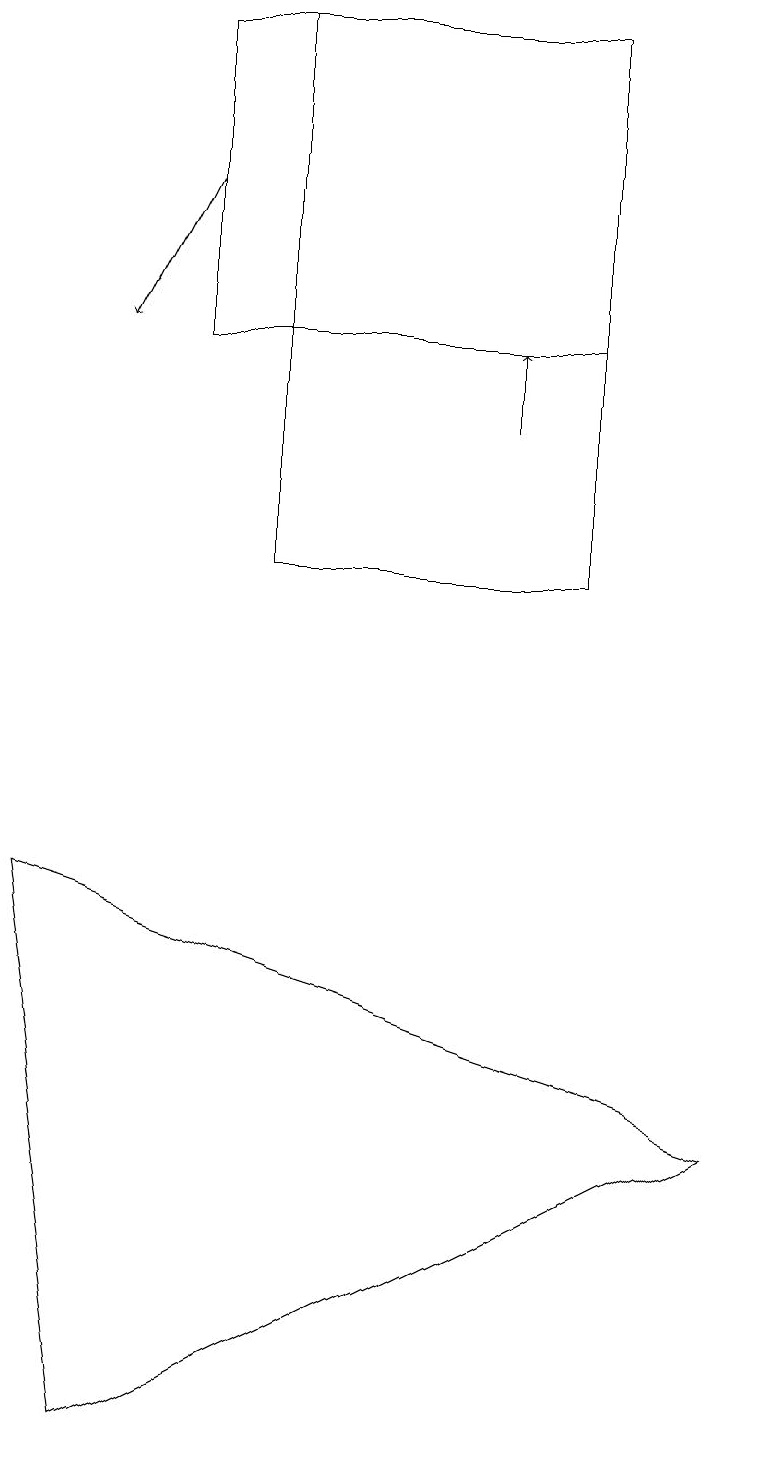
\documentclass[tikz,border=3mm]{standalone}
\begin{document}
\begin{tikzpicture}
\draw[->] (2,17) -- (1,15);
\draw (7,12) rectangle (3,19);
\draw[->] (6,14) -- (6,15);
\draw (2,15) rectangle (7,19);
\draw (9,5) -- (0,8) -- (1,1) -- cycle;
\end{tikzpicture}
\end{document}